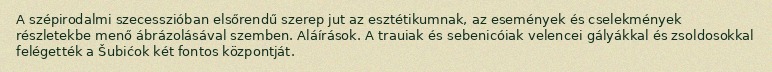
A szépirodalmi szecesszióban elsőrendű szerep jut az esztétikumnak, az események és cselekmények részletekbe menő ábrázolásával szemben. Aláírások. A trauiak és sebenicóiak velencei gályákkal és zsoldosokkal felégették a Šubićok két fontos központját.